Report on vaccination in Madras 1904-1921 - 1904-1921
Year: 1904
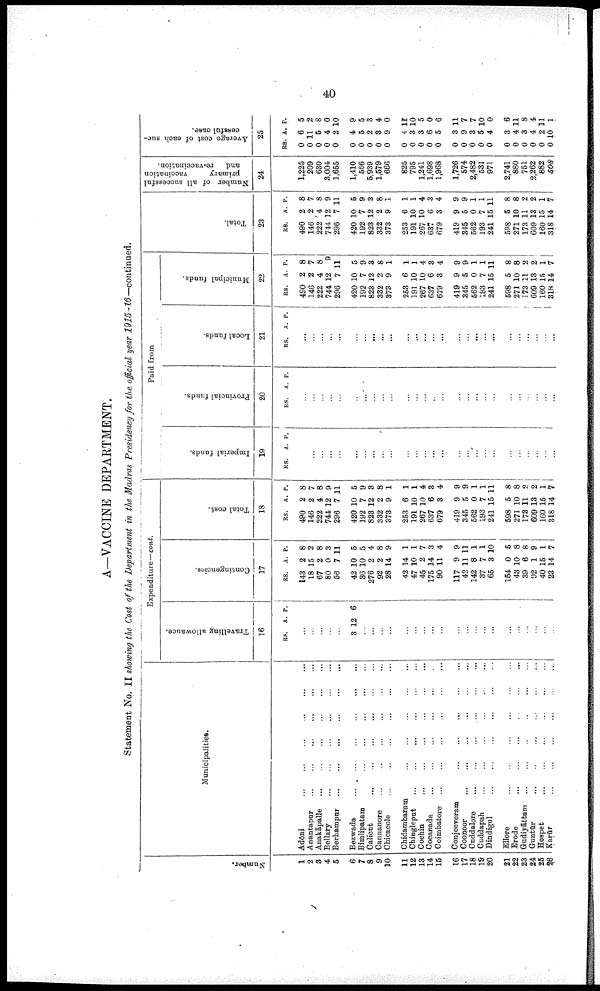
40
A—VACCINE DEPARTMENT.
Statement No. II showing the Cost of the Department in the Madras Presidency for the official year 1915-16—continued.
Number.
1
2
3
4
5
6
7
8
9
10
11
12
13
14
15
16
17
18
19
20
21
22
23
24
25
26
Municipalities.
Adōni
...
...
...
...
...
...
Anantapur ... ... ... ... ... ...
Anakāpalle ... ... ... ... ... ...
Bellary
...
...
...
...
...
...
Berhampur
...
...
...
...
...
...
...
Bezwada ... ... ... ... ... ...
Bimlipatam
...
...
...
...
...
...
...
Calicut
...
...
...
...
...
...
...
Cannanore
...
...
...
...
...
...
...
Chicacole
...
...
...
...
...
...
...
Chidambaram ... ... ... ... ... ... ...
Chingleput
...
...
...
...
...
...
...
Cochin
...
...
...
...
...
...
...
Cocanada
...
...
...
...
...
...
...
Coimbatore
...
...
...
...
...
...
...
Conjeeveram ... ... ... ... ... ... ...
Coonoor
...
...
...
...
...
...
...
Cuddalore
...
...
...
...
...
...
...
Cuddapah
...
...
...
...
...
...
...
Dindigul
...
...
...
...
...
...
Ellore
...
...
...
...
...
...
...
Erode
...
...
...
...
...
...
...
Gudiyāttam ... ... ... ... ... ... ...
Guntūr ... ... ... ... ... ... ...
Hospet
...
...
...
...
...
...
...
Karūr ... ... ... ... ... ... ...
Expenditure—cont.
Travelling allowauce.
16
RS. A. P.
...
...
...
...
...
3 12 6
...
...
...
...
...
...
...
...
...
...
...
...
...
...
...
...
...
...
...
...
Contingencies.
17
RS.
143
18
67
80
56
42
36
276
92
28
42
47
45
175
90
117
42
142
37
65
154
43
39
92
40
23
A.
2
15
2
0
7
10
10
2
2
14
14
10
2
14
11
9
11
8
7
3
0
10
6
1
15
14
P.
8
2
8
3
11
5
5
4
8
9
1
1
7
3
4
9
11
1
1
10
5
8
8
9
1
7
Total cost.
18
RS.
490
146
222
744
296
420
192
823
332
373
253
191
267
637
679
419
345
562
1,93
241
598
271
173
609
160
318
A.
2
2
4
12
7
10
7
12
2
9
6
10
10
6
3
9
5
0
7
15
5
10
11
13
15
14
P.
8
7
8
9
11
5
9
3
8
1
1
1
4
3
4
9
9
1
1
11
8
8
2
2
1
7
Paid from
Imperial funds.
19
RS. A. P.
...
...
...
...
...
...
...
...
...
...
...
...
...
...
...
...
...
...
...
...
...
...
...
...
...
...
Provincial funds.
20
RS. A. P.
...
...
...
...
...
...
...
...
...
...
...
...
...
...
...
...
...
...
...
...
...
...
...
...
...
...
Local funds.
21
RS. A. P.
...
...
...
...
...
...
...
...
...
...
...
...
...
...
...
...
...
...
...
...
...
...
...
...
...
...
Municipal funds.
22
RS.
490
146
222
744
296
420
192
823
332
373
253
191
267
637
679
419
345
562
193
241
598
271
173
609
160
318
A.
2
2
4
12
7
10
7
12
2
9
6
10
10
6
3
9
5
0
7
15
5
10
11
13
15
14
P.
8
7
8
9
11
5
9
3
8
1
1
1
4
3
4
9
9
1
1
11
8
8
2
2
1
7
Total.
23
RS.
490
146
222
744
296
420
192
823
332
373
253
191
267
637
679
419
345
562
193
241
598
271
173
609
160
318
A.
2
2
4
12
7
10
7
12
2
9
6
10
10
6
3
9
5
0
7
15
5
10
11
13
15
14
P.
8
7
8
9
11
5
9
3
8
1
1
1
4
3
4
9
9
1
1
11
8
8
2
2
1
14
Number of all successful
primary
vaccination
and
re-vaccination.
24
1,225
209
630
3,004
1,655
1,410
566
5,939
1,579
666
825
795
1,241
1,698
1,968
1,726
574
2,482
531
971
2,741
880
751
2,262
882
508
Average cost of each suc-
cessful case.
25
RS
0
0
0
0
0
0
0
0
0
0
0
0
0
0
0
0
0
0
0
0
0
0
0
0
0
0
A.
6
11
5
4
2
4
5
2
8
9
4
3
3
6
5
3
9
3
5
4
3
4
3
4
2
10
P.
5
2
8
0
10
9
5
3
4
0
11
10
5
0
6
11
7
7
10
0
6
11
8
4
11
1